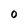
Character: o